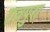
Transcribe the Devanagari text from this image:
रावपुरा